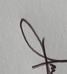
Signature authenticity: genuine